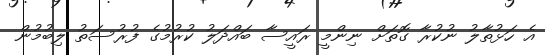
އެ ހަޅުތާލު ނުކުރާ ގޮތަށް ނިންމީ ރައީސާ ބައްދަލު ކުރުމުގެ ފުރުސަތު ލިބުމުން